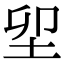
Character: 𡊎